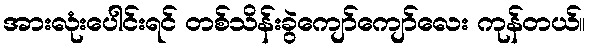
အားလုံးပေါင်းရင် တစ်သိန်းခွဲကျော်ကျော်လေး ကုန်တယ်။